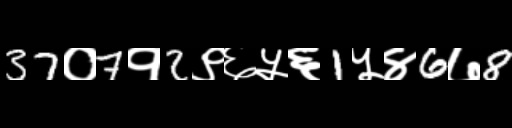
Text: 37०7१2९६५६1५४6७8